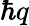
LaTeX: \hbar q